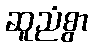
ဆူညံစွာ